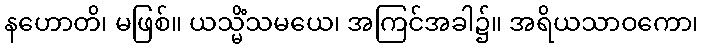
နဟောတိ၊ မဖြစ်။ ယသ္မိံသမယေ၊ အကြင်အခါ၌။ အရိယသာဝကော၊